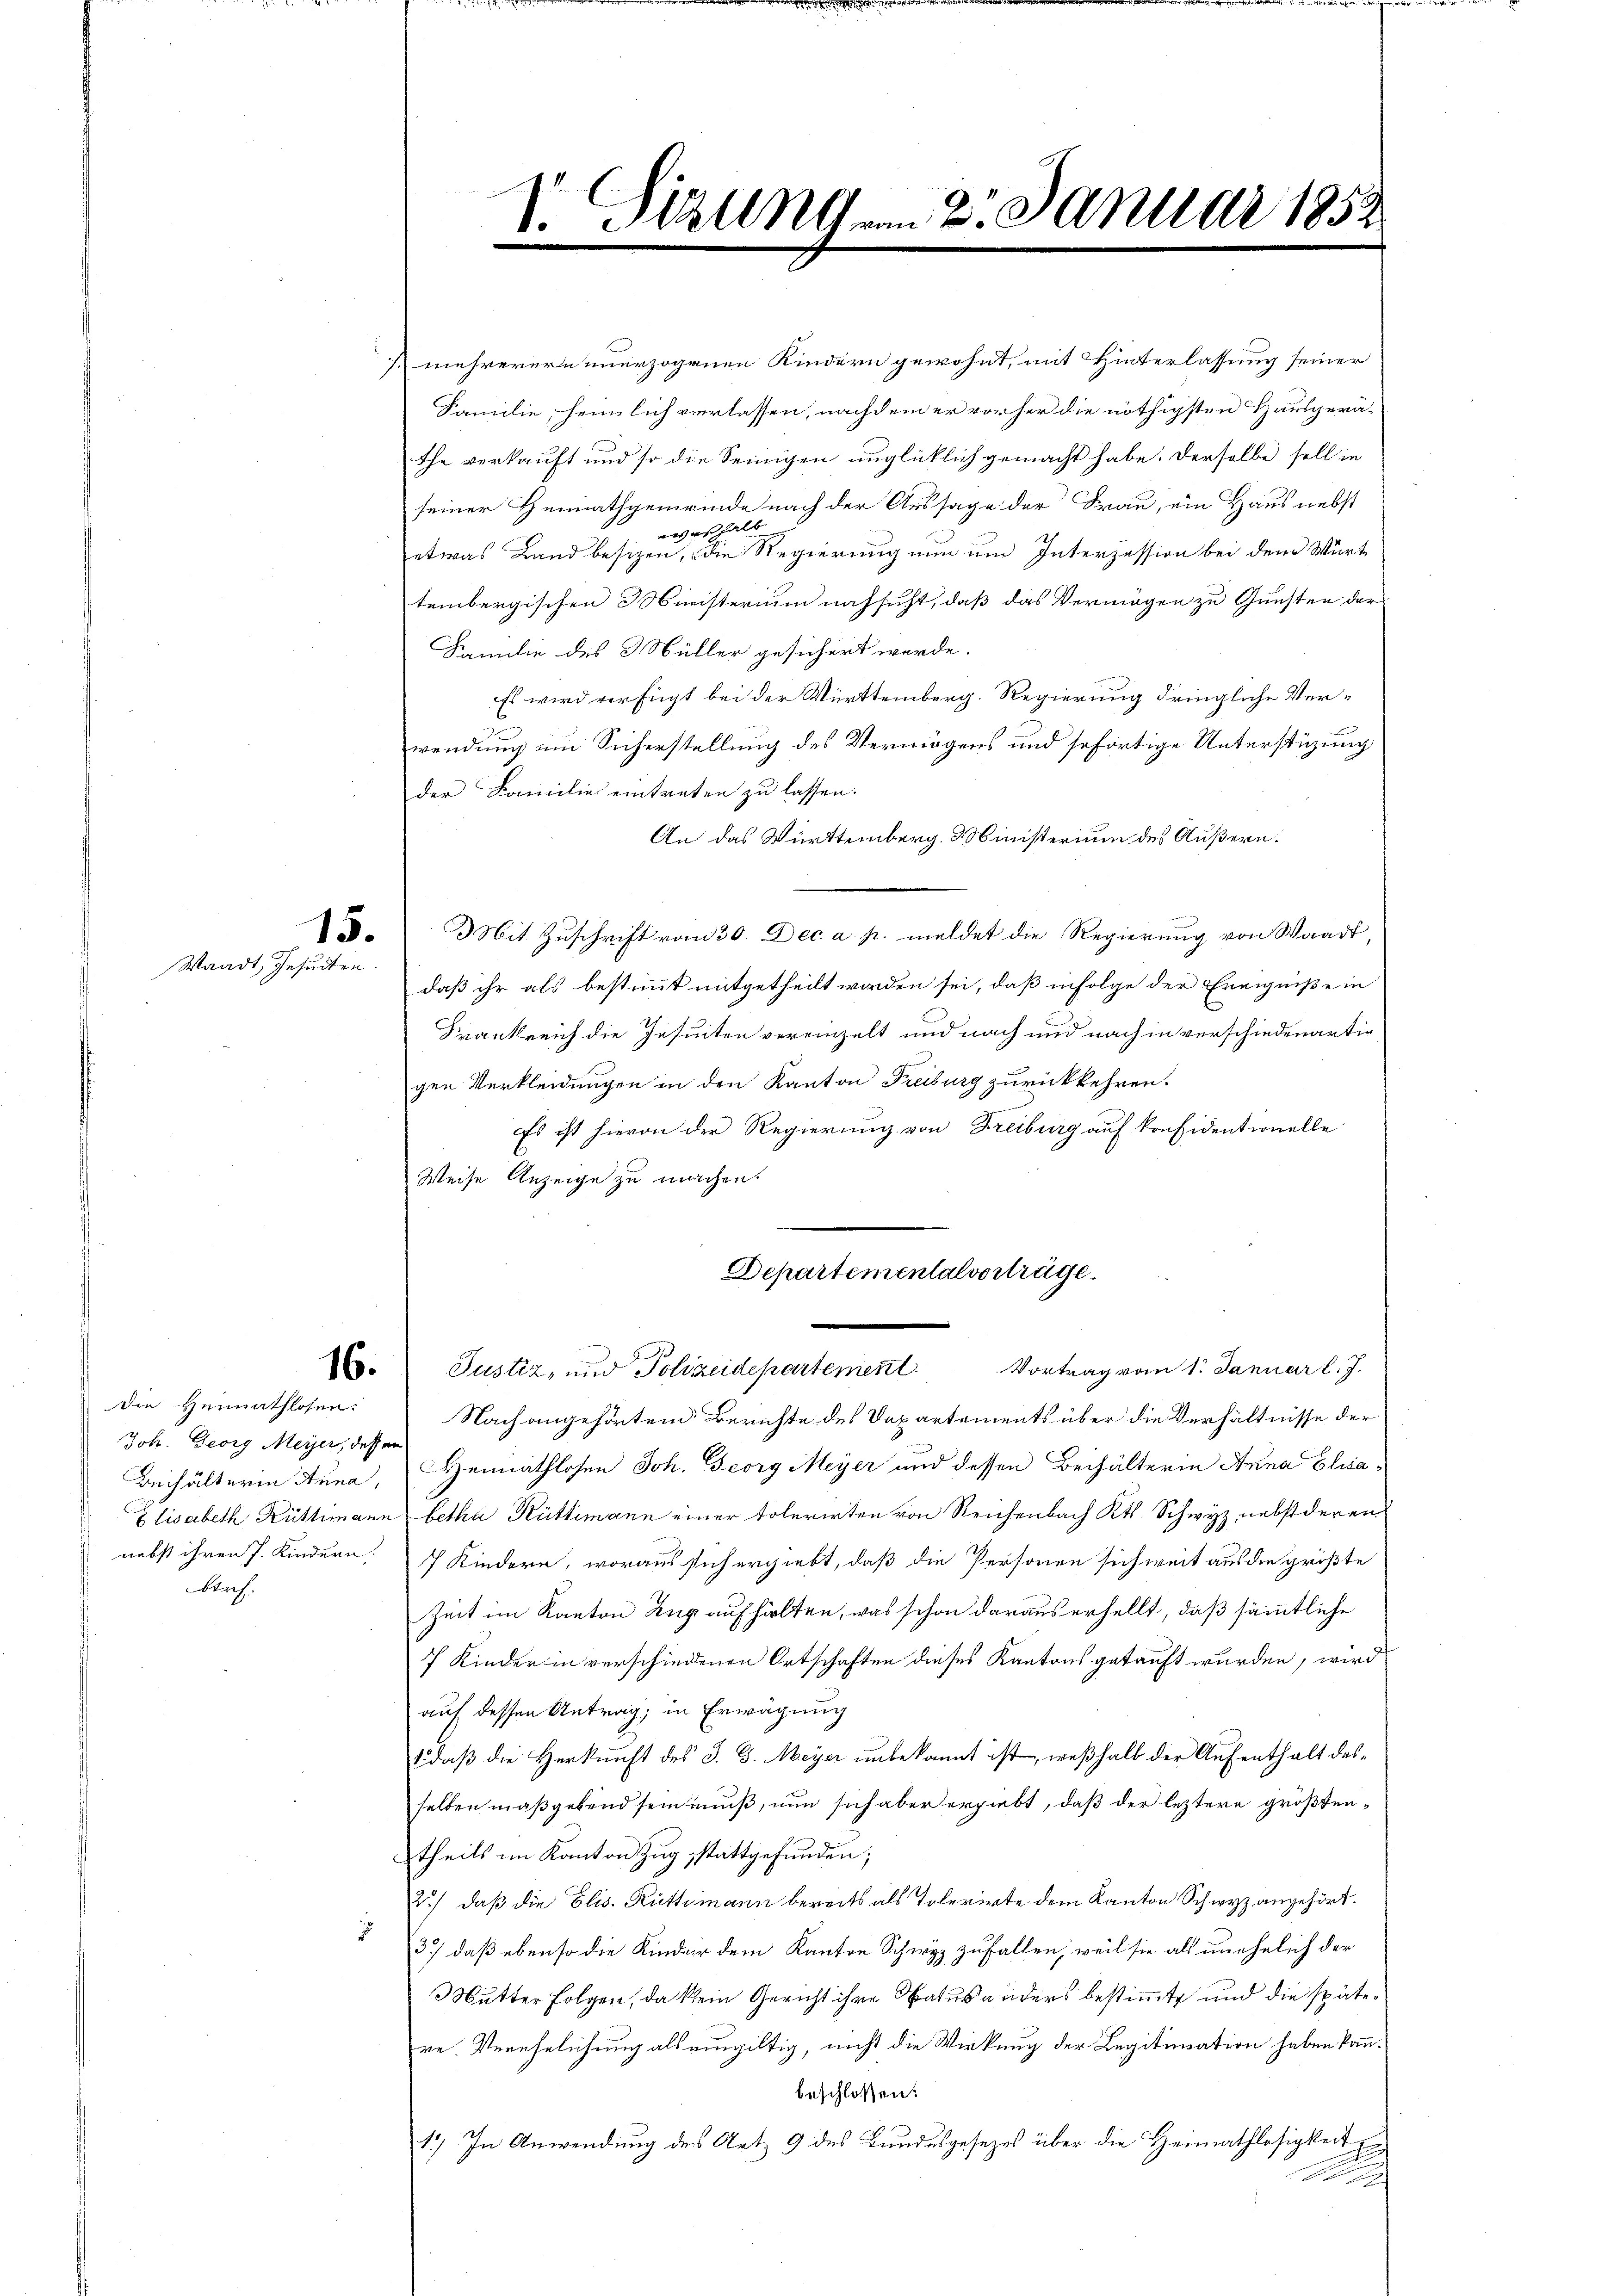
Waadt, Gesuchen.

Die Heimathlosen.
Joh. Georg Meyer, dessen
brach.

mehrerern unerzogenen Kindern gewohnt, mit Hinterlassung seiner
Familie, heimlich verlassen, nachdem er vorher die nöthigsten Hausgerät
the verkauft und so die Seinigen unglücklich gemacht habe. Derselbe soll in
seiner Heimathgemeinde nach der Aussage der Frau, ein Haus nebst
weshalb
etwas Land besizen, die Regierung nun um Interzession bei dem Würt
tembergischen Ministerium nachsicht, daß das Vermögen zu Gunsten der
Familie des Müller gesichert werde.
Es wird verfügt bei der Württemberg. Regierung dringliche Verwendung im Sicherstellung des Vermögens und sofortige Unterstüzung
der Familie eintreten zu lassen.
An das Württemberg. Ministerium des Äußern.
13. Mit Zuschrift vom 30. Dec. a. p. meldet die Regierung von Waadt,
daß ihr als bestimmt mitgetheilt worden sei, daß infolge der Ereigniße in
Frankreich die Jesuiten vereinzelt und nach und nach in verschiedenartir
gen Verkleidungen in den Kanton Freiburg zurückkehren.
Es ist hievon der Regierung von Freiburg auf konsidentionelle
Weise Anzeige zu machen.
Departementalvertrüge.
. Justiz, und Polizeidepartement. Vortrag vom 1. Januar l. J.
Nach angehörten Berichte des Departements über die Verhältnisse der
Behälterin Anna, Heimathlosen Joh. Georg Meyer und dessen Beihälterin Anna Elisa¬
Elisabeth Rüttimann betha Rüttimann einer Tolerirten von Reichenbach Kt. Schwyz, nebstderen
nebst ihren J. Kindern, 7 Kindern, woraus sich ergiebt, daß die Personen sich weit aus die größte
Zeit im Kanton Zug aufhielten, was schon daraus erhellt, daß sämmtliche
7 Kinder in verschiedenen Ortschaften dieses Kantons getauft wurden, wird
auf dessen Antrag; in Erwägung
1 daß die Herkunft des J. G. Meyer unbekannt ist, weßhalb der Aufenthalt desselben maßgebend sein muß, nun sich aber ergiebt, daß der leztere größtentheils im Kanton Zug stattgefunden;
2.) daß die Elis. Rüttimann bereits als Tolerirte dem Kanton Schwyz angehört.
3.) daß ebenso die Kinder dem Kanton Schwyz zufallen, weil sie als unehelich der
Mutter Folgen, da kein Gericht ihre Satus anders bestimmte und die spätere. Verehelichung als eingültig, nicht die Wirkung der Legitimation haben kann.
beschlossen:
1.) In Anwendung des Art. 9 des Bundesgesezes über die Heimathlosigkeit
S

1. Sizung vom 2. Januar 1852
.